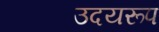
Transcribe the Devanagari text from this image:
उदयरूप